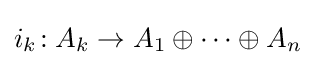
{\textstyle i_{k}\!:A_{k}\to A_{1}\oplus \dots \oplus A_{n}}